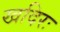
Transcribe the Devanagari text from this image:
खदिरः